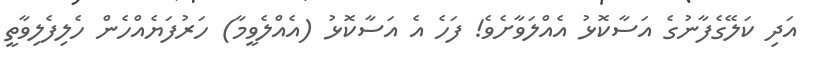
އަދި ކަލޭގެފާނުގެ އަސާކޮޅު އެއްލަވާށެވެ! ފަހެ އެ އަސާކޮޅު (އެއްލެވީމާ) ހަރުފަޔެއްހެން ހެލިފެލިވާތީ